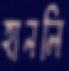
হানলি